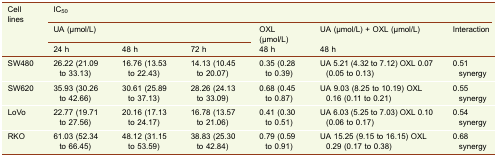
| <ROWSPAN=3> Cell lines | <COLSPAN=6> IC50 |
 | <COLSPAN=3> UA (μmol/L) | OXL (μmol/L) | UA (μmol/L) + OXL (μmol/L) | <ROWSPAN=2> Interaction |
 | 24 h | 48 h | 72 h | 48 h | 48 h |
 | --- | --- | --- | --- | --- | --- | --- |
 | SW480 | 26.22 (21.09 to 33.13) | 16.76 (13.53 to 22.43) | 14.13 (10.45 to 20.07) | 0.35 (0.28 to 0.39) | UA 5.21 (4.32 to 7.12) OXL 0.07 (0.05 to 0.13) | 0.51 synergy |
 | SW620 | 35.93 (30.26 to 42.66) | 30.61 (25.89 to 37.13) | 28.26 (24.13 to 33.09) | 0.68 (0.45 to 0.87) | UA 9.03 (8.25 to 10.19) OXL 0.16 (0.11 to 0.21) | 0.55 synergy |
 | LoVo | 22.77 (19.71 to 27.56) | 20.16 (17.13 to 24.17) | 16.78 (13.57 to 21.06) | 0.41 (0.30 to 0.51) | UA 6.03 (5.25 to 7.03) OXL 0.10 (0.06 to 0.17) | 0.54 synergy |
 | RKO | 61.03 (52.34 to 66.45) | 48.12 (31.15 to 53.59) | 38.83 (25.30 to 42.84) | 0.79 (0.59 to 0.91) | UA 15.25 (9.15 to 16.15) OXL 0.29 (0.17 to 0.38) | 0.68 synergy |